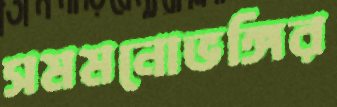
সমমনোভঙ্গির